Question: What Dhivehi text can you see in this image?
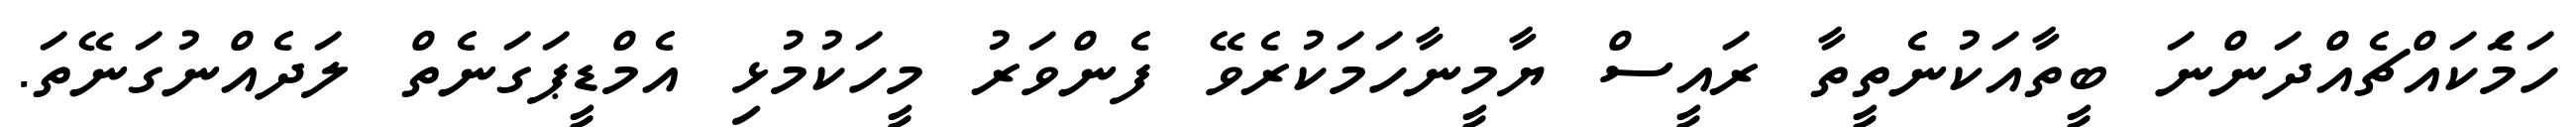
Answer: ހަމަެކައްޗެއްދަންނަ ބީތާއަކުނެތީތާ ރައީސް ޔާމީނާހަމަކުރެވޭ ފެންވަރު މީހަކުމުޅި އެމްޑީޕަގަނެތް ލަދެއްނުގަނޭތަ.